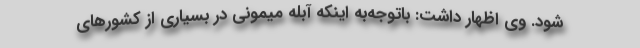
شود. وی اظهار داشت: باتوجه‌به اینکه آبله میمونی در بسیاری از کشورهای